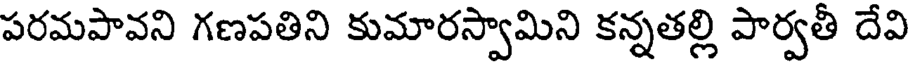
పరమపావని గణపతిని కుమారస్వామిని కన్నతల్లి పార్వతీ దేవి